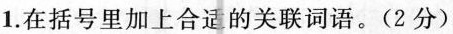
1.在括号里加上合适的关联词语。(2分)